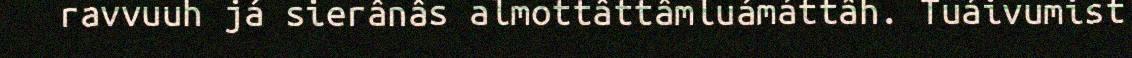
ravvuuh já sierânâs almottâttâmluámáttâh. Tuáivumist